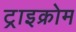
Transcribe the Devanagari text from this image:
ट्राइक्रोम